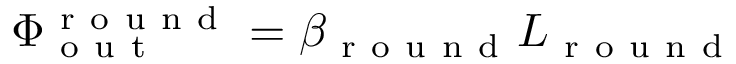
\Phi _ { \mathrm { ~ o ~ u ~ t ~ } } ^ { \mathrm { ~ r ~ o ~ u ~ n ~ d ~ } } = \beta _ { \mathrm { ~ r ~ o ~ u ~ n ~ d ~ } } L _ { \mathrm { ~ r ~ o ~ u ~ n ~ d ~ } }